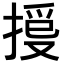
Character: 𢯳